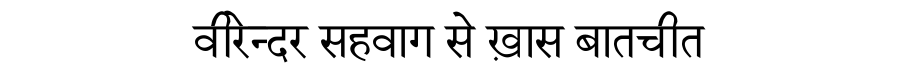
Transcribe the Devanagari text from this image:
वीरेन्दर सहवाग से ख़ास बातचीत